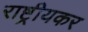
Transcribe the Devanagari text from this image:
राष्ट्रीयकर